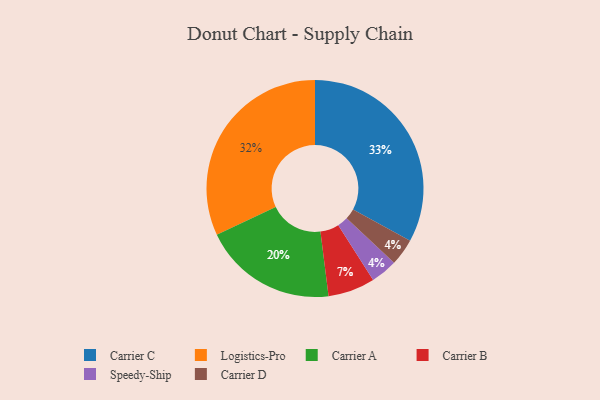
{"axis": {"x": "Category", "y": "Percentage"}, "legend": ["Carrier A", "Carrier B", "Carrier C", "Carrier D", "Logistics-Pro", "Speedy-Ship"], "data": [{"x": "Carrier B", "y": 7, "type": "Carrier B"}, {"x": "Carrier A", "y": 20, "type": "Carrier A"}, {"x": "Speedy-Ship", "y": 4, "type": "Speedy-Ship"}, {"x": "Carrier C", "y": 33, "type": "Carrier C"}, {"x": "Carrier D", "y": 4, "type": "Carrier D"}, {"x": "Logistics-Pro", "y": 32, "type": "Logistics-Pro"}]}